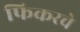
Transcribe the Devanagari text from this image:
फिकरचे